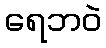
ရေဘဝဲ